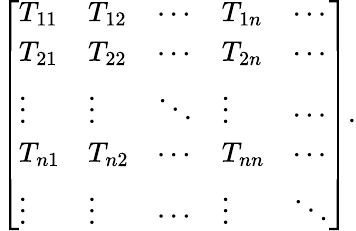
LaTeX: {\left[\begin{array}{lllll}{T_{11}}&{T_{12}}&{\cdots}&{T_{1n}}&{\cdots}\\ {T_{21}}&{T_{22}}&{\cdots}&{T_{2n}}&{\cdots}\\ {\vdots}&{\vdots}&{\ddots}&{\vdots}&{\cdots}\\ {T_{n1}}&{T_{n2}}&{\cdots}&{T_{nn}}&{\cdots}\\ {\vdots}&{\vdots}&{\cdots}&{\vdots}&{\ddots}\end{array}\right]}.